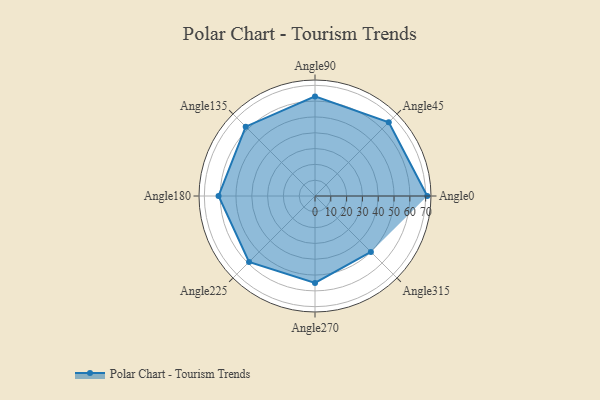
{"axis": {"x": "Angle", "y": "Radius"}, "legend": [""], "data": [{"x": "Angle0", "y": 71.0, "type": ""}, {"x": "Angle45", "y": 66.0, "type": ""}, {"x": "Angle90", "y": 63.0, "type": ""}, {"x": "Angle135", "y": 62.0, "type": ""}, {"x": "Angle180", "y": 61.0, "type": ""}, {"x": "Angle225", "y": 59.0, "type": ""}, {"x": "Angle270", "y": 55.0, "type": ""}, {"x": "Angle315", "y": 50.0, "type": ""}]}